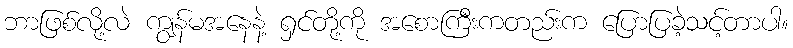
ဘာဖြစ်လို့လဲ ကျွန်မအနေနဲ့ ရှင်တို့ကို အစောကြီးကတည်းက ပြောပြခဲ့သင့်တာပါ။